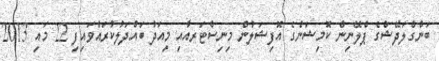
ބަންގްލަދޭޝްގެ ޕްލޭނިން ކޮމިޝަންގެ އޮފިޝަލުން މިނިސްޓަރއާއި މިއަދު ބައްދަލުކުރައްވައިފި 22 މައި 2013